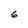
Character: 6